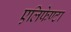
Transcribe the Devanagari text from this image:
एलिफेण्टा